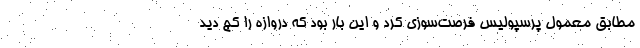
مطابق معمول پرسپولیس فرصت‌سوزی کرد و این بار بود که دروازه را کج دید